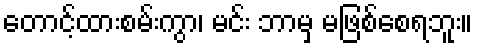
တောင့်ထားစမ်းကွာ၊ မင်း ဘာမှ မဖြစ်စေရဘူး။